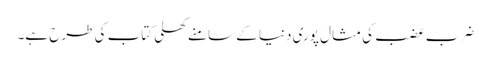
ضرب عضب کی مثال پوری دنیا کے سامنے کھلی کتاب کی طرح ہے۔